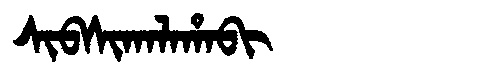
Manchu: ᠰᡳᠪᠰᡳᡴᠠᠯᠠᡥᠠᠪᡳ
Romanization: SIBSIKALAHABI